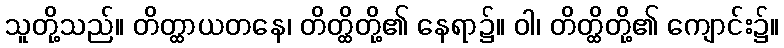
သူတို့သည်။ တိတ္ထာယတနေ၊ တိတ္ထိတို့၏ နေရာ၌။ ဝါ၊ တိတ္ထိတို့၏ ကျောင်း၌။